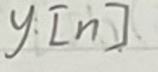
$y[n]$